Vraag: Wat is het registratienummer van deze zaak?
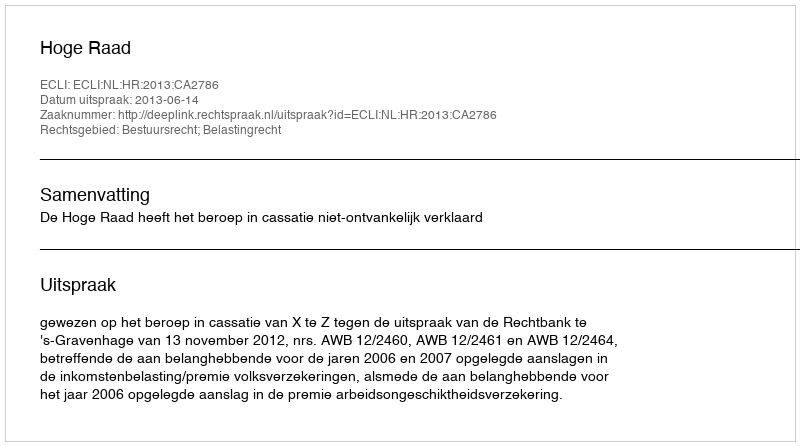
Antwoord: http://deeplink.rechtspraak.nl/uitspraak?id=ECLI:NL:HR:2013:CA2786